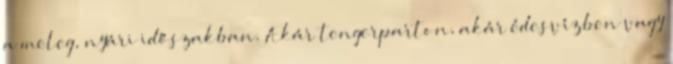
a meleg, nyári időszakban. Akár tengerparton, akár édesvízben vagy